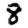
Digit: 8